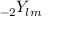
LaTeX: { } _ { - 2 } Y _ { l m }